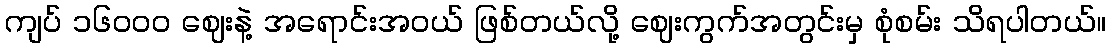
ကျပ် ၁၆၀ဝ၀ ဈေးနဲ့ အရောင်းအဝယ် ဖြစ်တယ်လို့ ဈေးကွက်အတွင်းမှ စုံစမ်း သိရပါတယ်။